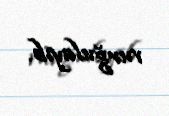
vurğulayıb.